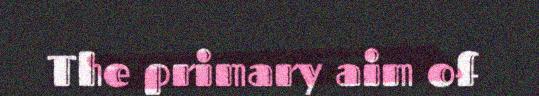
The primary aim of